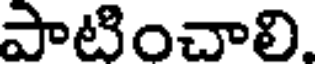
పాటించాలి.